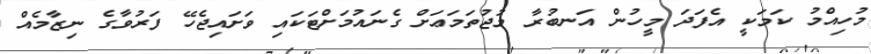
މުހިއްމު ކަމަކީ އެފަދަ މީހުން އަނބުރާ މުޖުތަމަޢަށް ގެނައުމަށްޓަކައި ވަށައިޖެހޭ ފަރުވާގެ ނިޒާމެއް